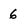
Character: 6